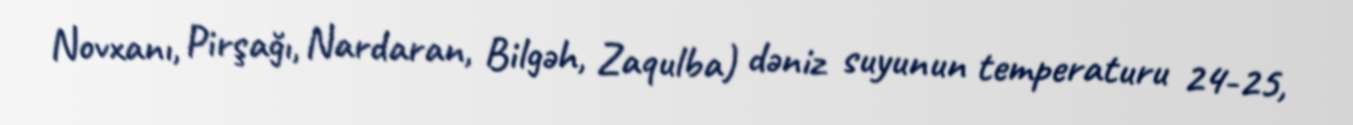
Novxanı, Pirşağı, Nardaran, Bilgəh, Zaqulba) dəniz suyunun temperaturu 24-25,